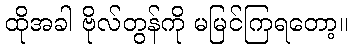
ထိုအခါ ဗိုလ်တွန်ကို မမြင်ကြရတော့။